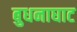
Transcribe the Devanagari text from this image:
बुधनाघाट